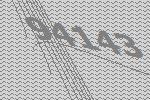
94143